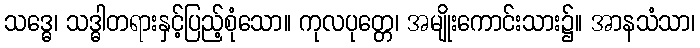
သဒ္ဓေ၊ သဒ္ဓါတရားနှင့်ပြည့်စုံသော။ ကုလပုတ္တေ၊ အမျိုးကောင်းသား၌။ အာနသံသာ၊